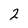
Character: 2